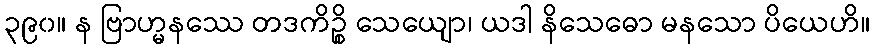
၃၉၀။ န ဗြာဟ္မနဿေ တဒကိဉ္စိ သေယျော၊ ယဒါ နိသေဓော မနသော ပိယေဟိ။